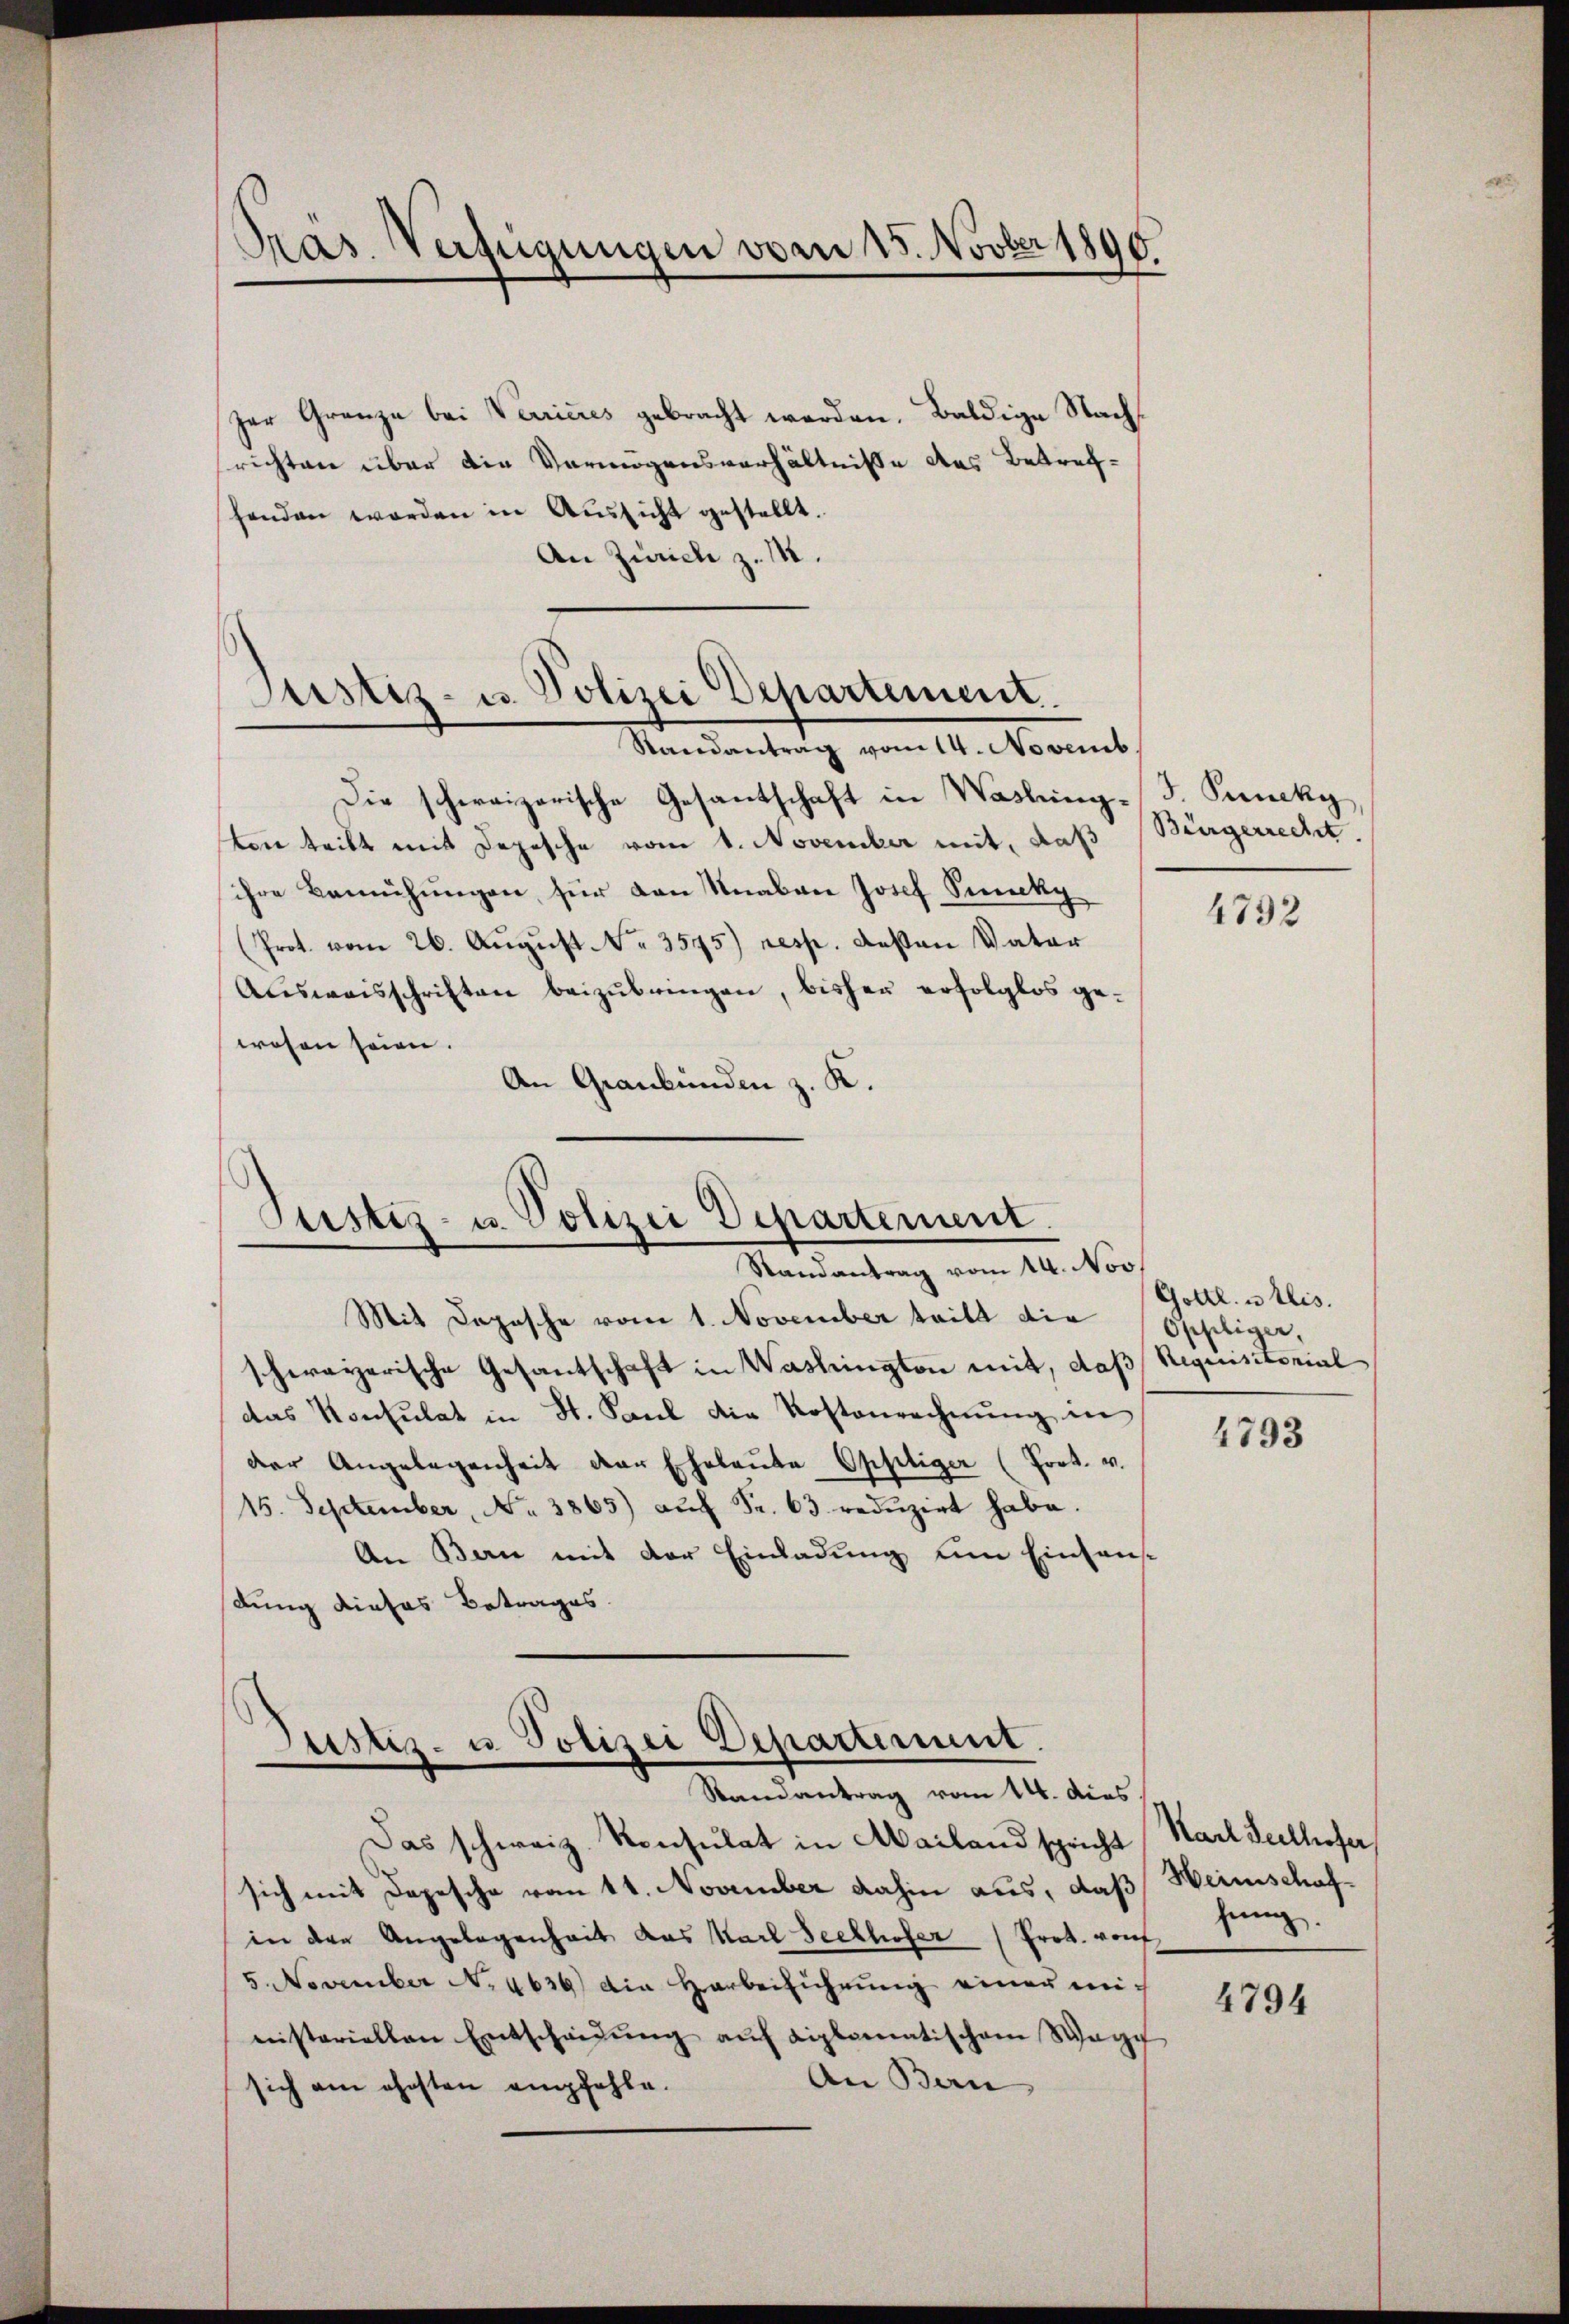
Präs. Verfügungen vom 15. Novber 1890

zur Grenze bei Verrieres gebracht werden. Baldige Nachrichten über die Vermögensverhältnisse des Betrefhenden worden in Aussicht gestellt.
An Zürich z. 12.

Justiz- u. Polizei Departement.
Randantrag vom 14. Novemb.

Pustiz- u. Polizei Departement.
Randantrag vom 14. Nov

Die schweizerische Gesantschaft in Wasling-J. Puncky,
von teilt mit Depesche vom 1. November mit, daß
ihre Bemühŭngen für den Knaben Josef Sicky
Prot. vom 26. Aŭgŭst No. 3575) resp. desten Vater
Aŭsweisschriften beizŭbringen, bisher erfolglos gewesen seien.
An Graubünden z. K.

Justiz- u. Polizei Departement.
Randantrag vom 14. ders.

Bürgerrecht.

Mit Depesche vom 1. November teilt die
schwayerische Gesantschaft in Washington mit, daß Requisitorial
das Konsulat in St. Paul die Kostenrechnung in
der Angelegenheit der Ehelaŭte Opftiger (Prot. v.
15. September, No. 3865) aŭf Fr. 63. redŭzirt habe.
An Bern mit der Einladung um Einsans
dung dieses Betrages.

Das schweiz. Konsulat in Mailand spricht Karl Seelhofer,
sich mit Depesche vom 11. November dahin aus, daß Heimschafin den Angelegenheit das Karl Seelhofer Prot. Konf
5. November N. 4636) die Harbeiführung einer mich
nisteriellen Entscheidŭng aŭf diplomatischem Wage
An Bern |
sich am ehesten empfehle.

4732

Gottl. u. Elis.
Oppliger,

1793

hung.

4794